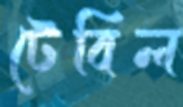
টেবিল